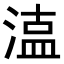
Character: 𭱦